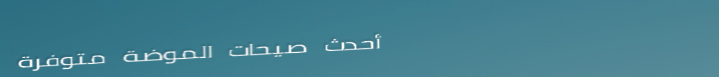
أحدث صيحات الموضة متوفرة